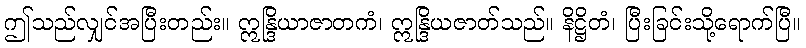
ဤသည်လျှင်အပြီးတည်း။ ဣန္ဒြိယာဇာတကံ၊ ဣန္ဒြိယဇာတ်သည်။ နိဋ္ဌိတံ၊ ပြီးခြင်းသို့ရောက်ပြီ။